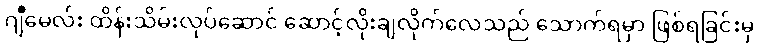
ဂျီမေလ်း ထိန်းသိမ်းလုပ်ဆောင် ဆောင့်လိုးချလိုက်လေသည် သောက်ရမှာ ဖြစ်ရခြင်းမှ